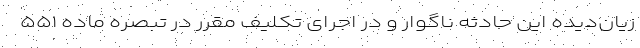
زیان‌دیده این حادثه ناگوار و در اجرای تکلیف مقرر در تبصره ماده ۵۵۱